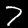
Digit: 7